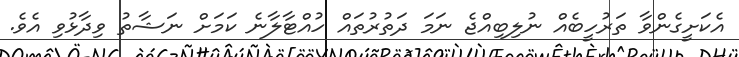
އެކަށީގެންވާ ތަރުހީބެއް ނުލިބިއްޖެ ނަމަ ދަތުރުތައް ހުއްޓާލާނެ ކަމަށް ނަޝާތު ވިދާޅުވި އެވެ.